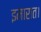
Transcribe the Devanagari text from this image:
इमारात।